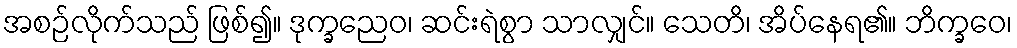
အစဉ်လိုက်သည် ဖြစ်၍။ ဒုက္ခညေဝ၊ ဆင်းရဲစွာ သာလျှင်။ သေတိ၊ အိပ်နေရ၏။ ဘိက္ခဝေ၊